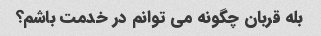
بله قربان چگونه می توانم در خدمت باشم؟